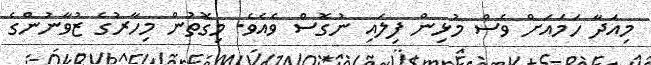
މިއަދާ ހަމައަށް ވެސް މުޅިން ފިލައި ނުގޮސް ވެއެވެ. މިގޮތުން މިހާރުގެ ޒުވާނުންގެ